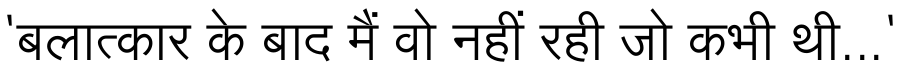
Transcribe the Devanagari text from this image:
'बलात्कार के बाद मैं वो नहीं रही जो कभी थी...'